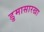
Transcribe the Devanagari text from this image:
डुमासारखा